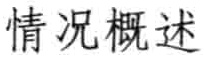
情况概述